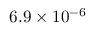
6 . 9 \times 1 0 ^ { - 6 }